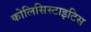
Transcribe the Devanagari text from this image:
कोलिसिस्टाइटिस